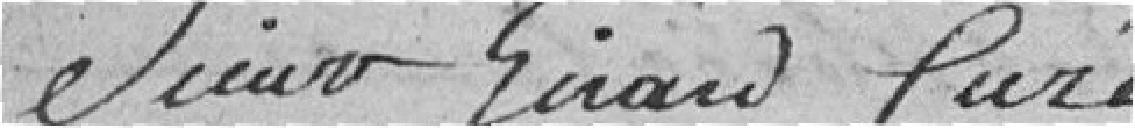
Sieur Girard Curé